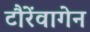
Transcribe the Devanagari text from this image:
टौरेंवागेन